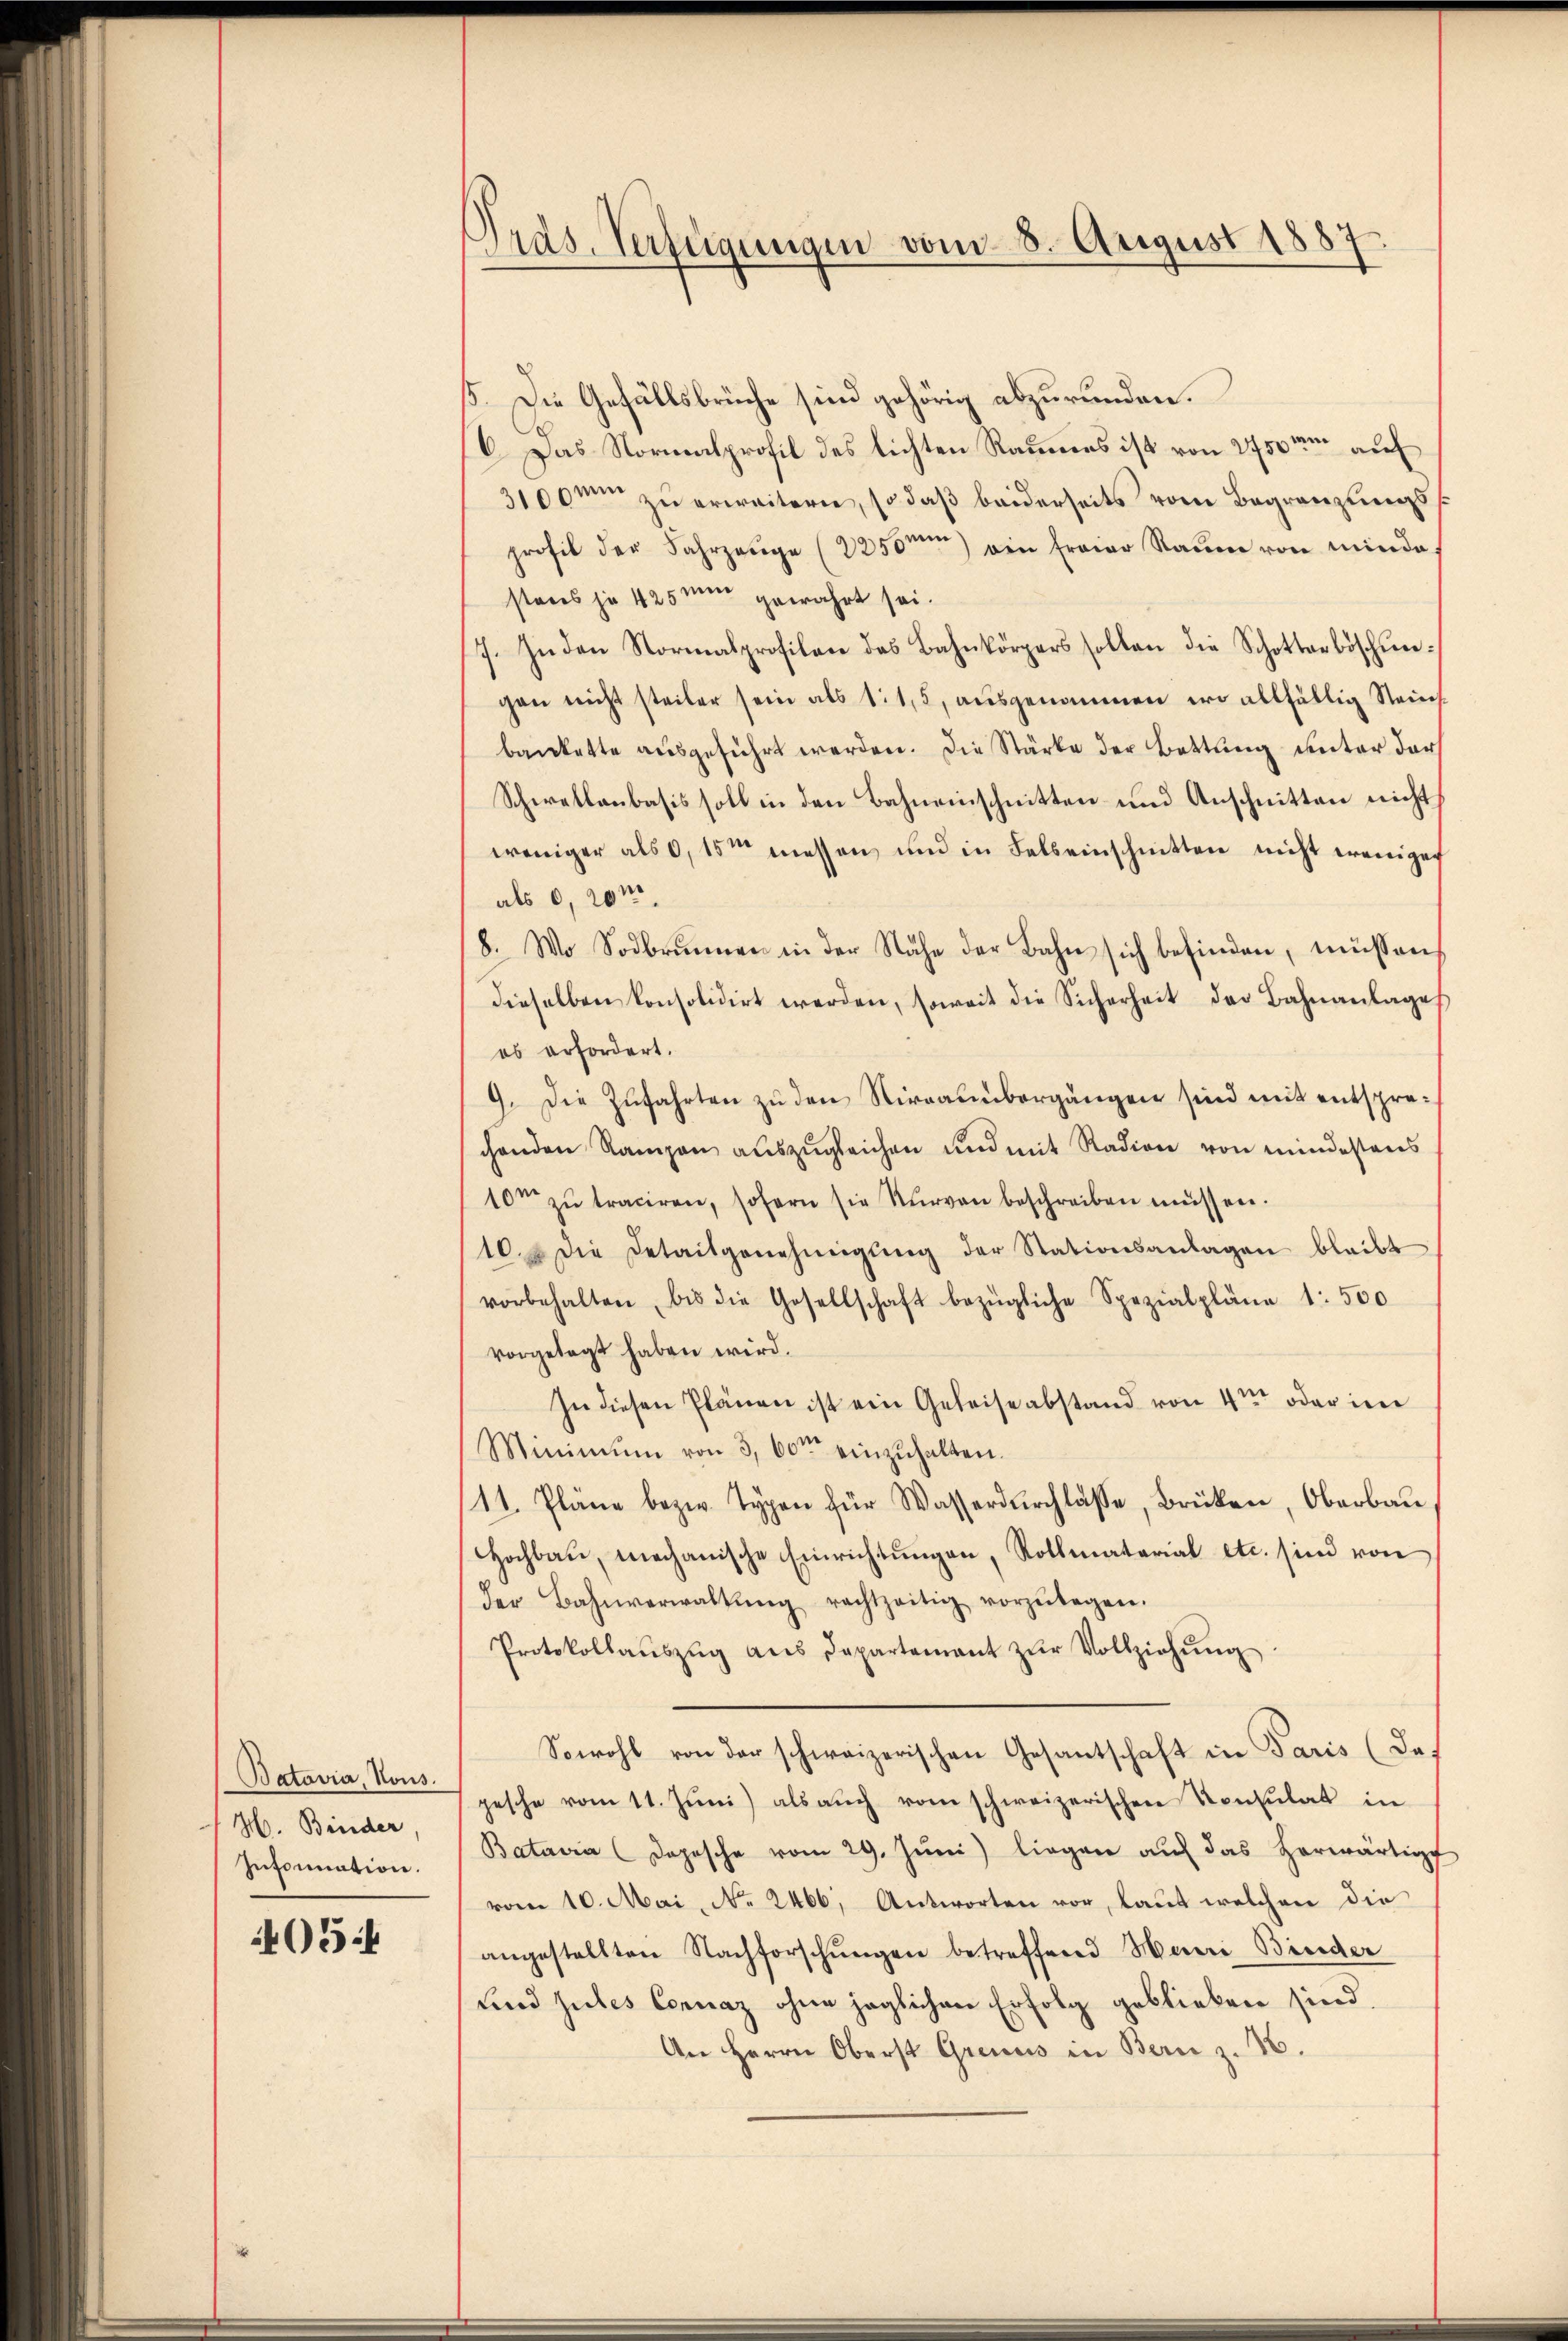
Batavia, Nous.
H. Binder,
Infornation.

405

Pras. Verfügungen vom 8. August 1887

55. Die Gefällsbrüche sind gehörig abzurunden.
C. Das Normalprofil des lichten Raumes ist von 2750m auf
3100m zŭ erweitern, so daß beiderseits vom Begränzungsprofil der Fahrzeuge (2350m) ein freier Raum von minde
stens je 425 mir gewahrt sei.
7. In den Normalprofilace des Bahnkörpers sollen die Schotterböschun-
gen nicht steiler sein als 115, ausgenommen, wo allfällig Steinbankette ausgeführt werden. Die Stärke der Bettung unter der
Schwellanbasis soll in den Bahneinschnitten und Anschnitten nicht
weniger als 0,15m messen und in Felseinschnitten nicht wenigen
als 0, 20 m
(8. Wo Sodbrunnen in der Nähe der Bahn sich befinden, müssen
dieselben konsolidirt werden, soweit die Sicherheit der Bahnanlages
es erfordert.
9. Die Zŭfahrten zŭ den Nirraumbergängen sind mit entsprechenden Rampen auszugleichen und mit Radion von mindestens
10m zŭ traciren, sofern sie kurven beschreiben müssen.
10. u die Detaitgenehmigŭng der Stationsanlagen bleibt
vorbehalten, bis die Gesellschaft bezügliche Spezialpläne 1: 500
vorgelegt haben wird.
In diesen Plänen ist ein Geleise abstand von 4ter oder im
Minimum von 3, 600 einzŭhalten.
11. Pläne bezw. Typen für Wasserdurchlasse, Brüken, Oberbau
Hochbau, mechanische Einrichtungen, Rollmaterial etc. sind von
der Bahnverwaltŭng rechtzeitig vorzŭlegen.
Protokollaŭszŭg ans Departement zŭr Vollziehŭng
Sowohl von der schweizerischen Gesantschaft in Paris (dapesche vom 11. Jŭni) als aŭch vom schweizerischen Konsulat in
Batavia (Dopesche vom 29. Jŭni) liegen aŭf das herwärtig
vom 10. Mai, No. 2466, Antworten vor, laut welchen die
angestellten Nachforschŭngen betreffend Mani Binder
und gutes Connaz ohne jeglichen Erfolg geblieben sind.
An Herrn Oberst Grenus in Bern z. 16.